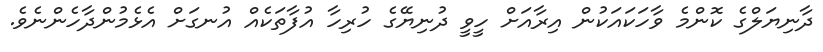
ދާނިޔަލްގެ ކޮންމެ ވާހަކައަކުން އިރާއަށް ހީވީ ދުނިޔޭގެ ހުރިހާ އުފާތަކެއް އުނގަށް އެޅެމުންދާހެންނެވެ.